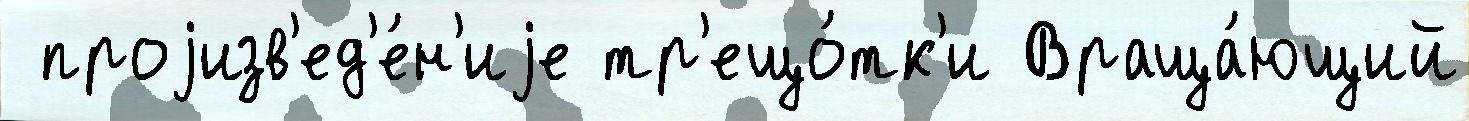
 проjизв'ед'е́н'иjе тр'ещо́тк'и Враща́ющий